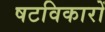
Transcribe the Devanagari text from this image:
षटविकारों